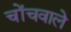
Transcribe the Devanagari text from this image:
चोंचवाले